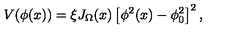
V ( \phi ( x ) ) = \xi J _ { \Omega } ( x ) \left[ \phi ^ { 2 } ( x ) - \phi _ { 0 } ^ { 2 } \right] ^ { 2 } ,